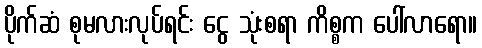
ပိုက်ဆံ စုမလားလုပ်ရင်း ငွေ သုံးစရာ ကိစ္စက ပေါ်လာရော။